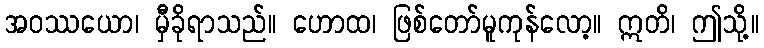
အဝဿယော၊ မှီခိုရာသည်။ ဟောထ၊ ဖြစ်တော်မူကုန်လော့။ ဣတိ၊ ဤသို့။